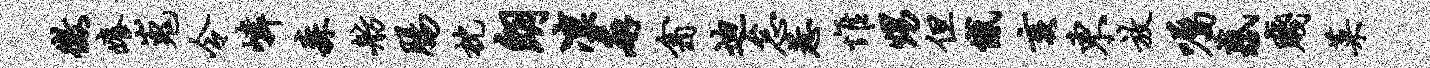
征痒嵬令嶙森舫肠枕朗凛廨翕迪怠惹惟甥但憾亥东放嘱惑贱菜